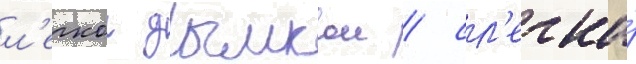
л'егкои дымкои / сл'егка́